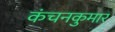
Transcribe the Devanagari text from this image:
कंचनकुमार